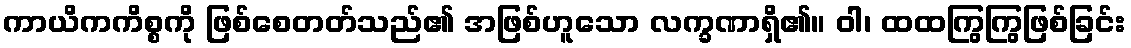
ကာယိကကိစ္စကို ဖြစ်စေတတ်သည်၏ အဖြစ်ဟူသော လက္ခဏာရှိ၏။ ဝါ၊ ထထကြွကြွဖြစ်ခြင်း